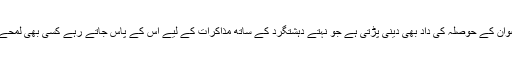
جہاں ایس ایس پی رضوان کے حوصلہ کی داد بھی دینی پڑتی ہے جو نہتے دہشتگرد کے ساتھ مذاکرات کے لیے اس کے پاس جاتے رہے کسی بھی لمحے کچھ بھی ہو سکتا تھا۔